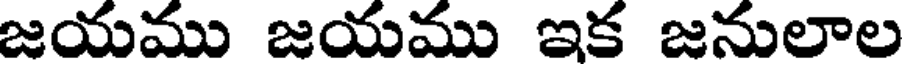
జయము జయము ఇక జనులాల